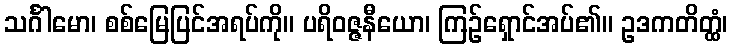
သင်္ဂါမော၊ စစ်မြေပြင်အရပ်ကို။ ပရိဝဇ္ဇနီယော၊ ကြဉ်ရှောင်အပ်၏။ ဥဒကတိတ္ထံ၊